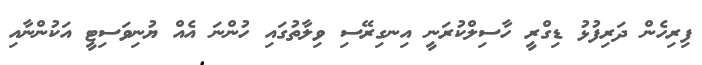
ފިރިހެން ދަރިފުޅު ޑިގްރީ ހާސިލްކުރަނީ އިނގިރޭސި ވިލާތުގައި ހުންނަ އެއް ޔުނިވަސިޓީ އަކުންނާއި